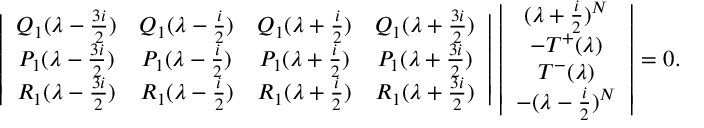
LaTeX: \left| \begin{array} { c c c c } { { Q _ { 1 } ( \lambda - \frac { 3 i } { 2 } ) } } & { { Q _ { 1 } ( \lambda - \frac { i } { 2 } ) } } & { { Q _ { 1 } ( \lambda + \frac { i } { 2 } ) } } & { { Q _ { 1 } ( \lambda + \frac { 3 i } { 2 } ) } } \\ { { P _ { 1 } ( \lambda - \frac { 3 i } { 2 } ) } } & { { P _ { 1 } ( \lambda - \frac { i } { 2 } ) } } & { { P _ { 1 } ( \lambda + \frac { i } { 2 } ) } } & { { P _ { 1 } ( \lambda + \frac { 3 i } { 2 } ) } } \\ { { R _ { 1 } ( \lambda - \frac { 3 i } { 2 } ) } } & { { R _ { 1 } ( \lambda - \frac { i } { 2 } ) } } & { { R _ { 1 } ( \lambda + \frac { i } { 2 } ) } } & { { R _ { 1 } ( \lambda + \frac { 3 i } { 2 } ) } } \end{array} \right| \left| \begin{array} { c } { { ( \lambda + \frac { i } { 2 } ) ^ { N } } } \\ { { - T ^ { + } ( \lambda ) } } \\ { { T ^ { - } ( \lambda ) } } \\ { { - ( \lambda - \frac { i } { 2 } ) ^ { N } } } \end{array} \right| = 0 .